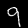
Label: 9